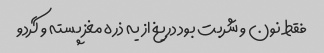
فقط نون و شربت بود دریغ از یه ذره مغز پسته و گردو